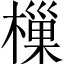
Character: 樔